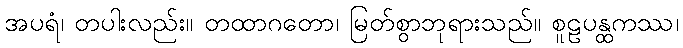
အပရံ၊ တပါးလည်း။ တထာဂတော၊ မြတ်စွာဘုရားသည်။ စူဠပန္ထကဿ၊